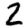
Digit: 2